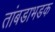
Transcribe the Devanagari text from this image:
तांबडाभडक